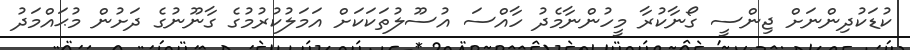
ކުޑަކުދިންނަށް ޖިންސީ ގޯނާކުރާ މީހުންނާމެދު ހާއްސަ އުސޫލުތަކަކަށް އަމަލުކުރުމުގެ ގާނޫނުގެ ދަށުން މުޙައްމަދު